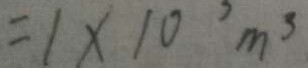
= 1 \times 1 0 ^ { 3 } m ^ { 3 }